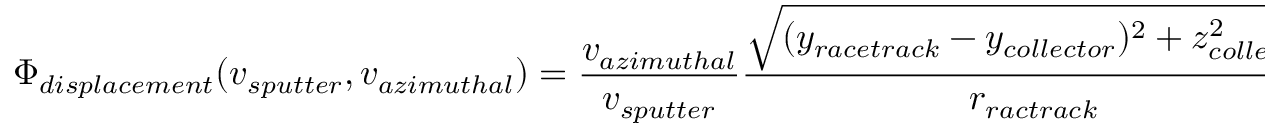
\Phi _ { d i s p l a c e m e n t } ( v _ { s p u t t e r } , v _ { a z i m u t h a l } ) = \frac { v _ { a z i m u t h a l } } { v _ { s p u t t e r } } \frac { \sqrt { ( y _ { r a c e t r a c k } - y _ { c o l l e c t o r } ) ^ { 2 } + z _ { c o l l e c t o r } ^ { 2 } } } { r _ { r a c t r a c k } }